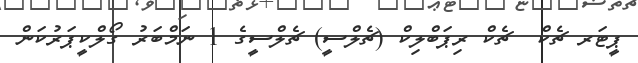
ޕީޓަރ ޗެކް  ޗެކް ރިޕަބްލިކް (ޗެލްސީ) ޗެލްސީގެ 1 ނަމްބަރު ގޯލްކީޕަރުކަން